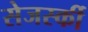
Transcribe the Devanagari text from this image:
सेजर्स्की